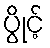
ပွိုင့်